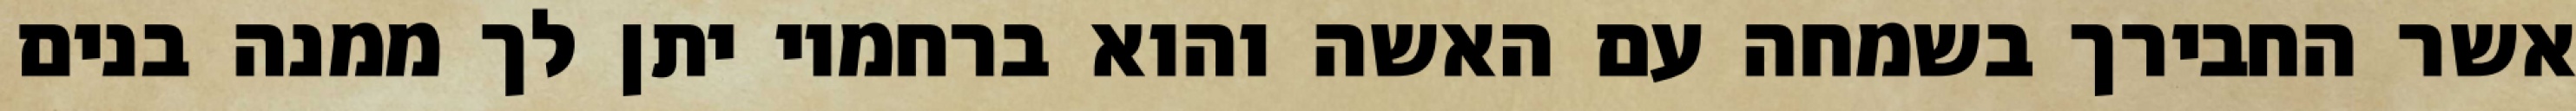
אשר החבירך בשמחה עם האשה והוא ברחמיו יתן לך ממנה בנים